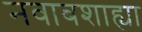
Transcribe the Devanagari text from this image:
नवाबशाह्या